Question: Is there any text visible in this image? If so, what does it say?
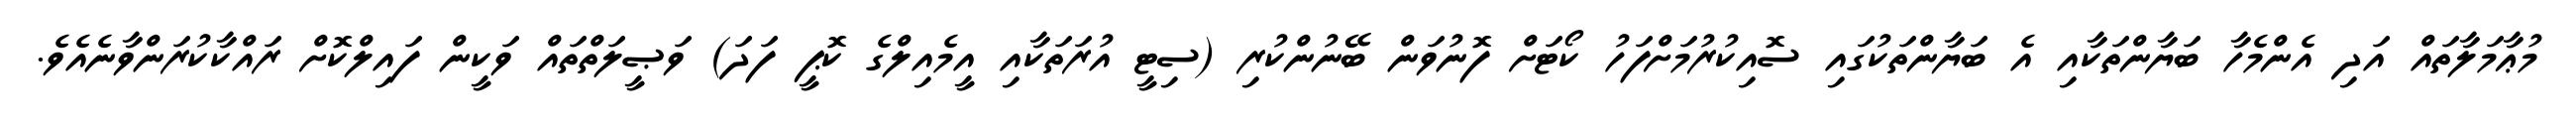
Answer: މުޢާމަލާތައް އަދި އެންމެހާ ބަޔާންތަކާއި އެ ބަޔާންތަކުގައި ސޮއިކުރުމަށްފަހު ކޯޓަށް ފޮނުވަން ބޭނުންކުރި (ސިޓީ އުރަތަކާއި އީމެއިލްގެ ކޮޕީ ފަދަ) ވަޞީލަތްތައް ވަކީން ފައިލްކޮށް ރައްކާކުރަންވާނެއެވެ.